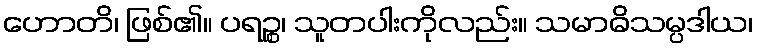
ဟောတိ၊ ဖြစ်၏။ ပရဉ္စ၊ သူတပါးကိုလည်း။ သမာဓိသမ္ပဒါယ၊